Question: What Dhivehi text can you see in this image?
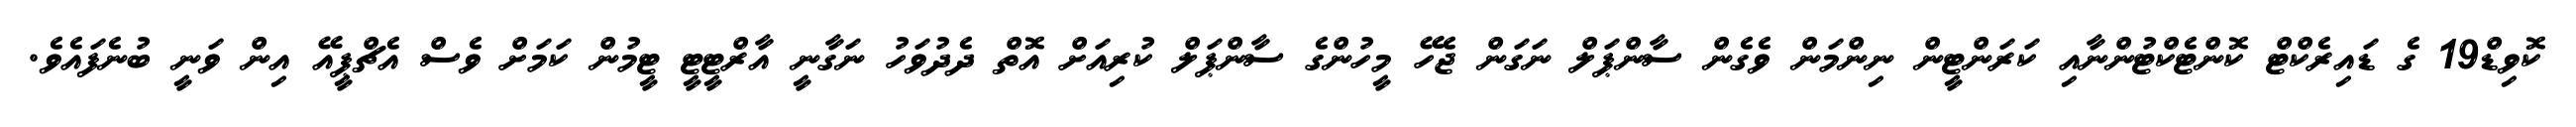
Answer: ކޮވިޑް19 ގެ ޑައިރެކްޓް ކޮންޓެކްޓުންނާއި ކަރަންޓީން ނިންމަން ވެގެން ސާންޕަލް ނަގަން ޖެހޭ މީހުންގެ ސާންޕަލް ކުރިއަށް އޮތް ދެދުވަހު ނަގާނީ އާރްޓީޓީ ޓީމުން ކަމަށް ވެސް އެޗްޕީއޭ އިން ވަނީ ބުނެފައެވެ.